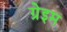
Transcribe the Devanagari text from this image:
ग्रेइम